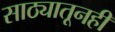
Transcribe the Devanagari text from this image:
साठ्यातूनही